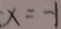
x = - 1